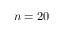
n = 2 0